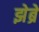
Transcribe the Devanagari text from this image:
झेब्रे